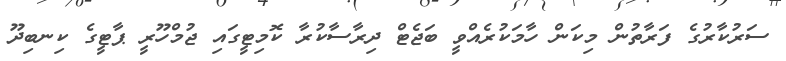
ސަރުކާރުގެ ފަރާތުން މިކަން ހާމަކުރެއްވީ ބަޖެޓް ދިރާސާކުރާ ކޮމިޓީގައި ޖުމްހޫރީ ޕާޓީގެ ކިނބިދޫ